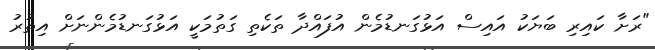
"ރަށާ ކައިރި ބަޔަކު އައިސް އަޅުގަނޑުމެން އުފައްދާ ތަކެތި ގަތުމަކީ އަޅުގަނޑުމެންނަށް އިތުރު